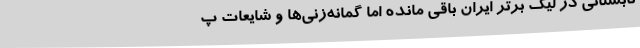
تابستانی در لیگ برتر ایران باقی مانده اما گمانه‌زنی‌ها و شایعات پ